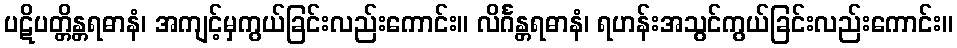
ပဋိပတ္တိန္တရဓာနံ၊ အကျင့်မှကွယ်ခြင်းလည်းကောင်း။ လိင်္ဂန္တရဓာနံ၊ ရဟန်းအသွင်ကွယ်ခြင်းလည်းကောင်း။